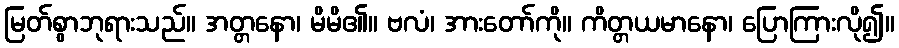
မြတ်စွာဘုရားသည်။ အတ္တနော၊ မိမိ၏။ ဗလံ၊ အားတော်ကို။ ကိတ္တယမာနော၊ ပြောကြားလို၍။